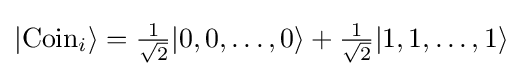
|\mathrm {Coin} _{i}\rangle ={\tfrac {1}{\sqrt {2}}}|0,0,\ldots ,0\rangle +{\tfrac {1}{\sqrt {2}}}|1,1,\ldots ,1\rangle